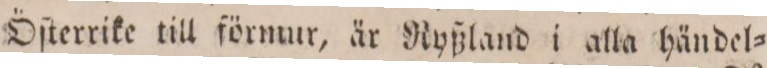
Öſterrike till förmur, är Ryßland i alla händel=